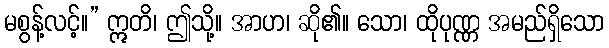
မစွန့်လင့်။” ဣတိ၊ ဤသို့။ အာဟ၊ ဆို၏။ သော၊ ထိုပုဏ္ဏ အမည်ရှိသော